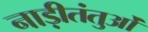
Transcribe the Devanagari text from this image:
नाड़ीतंतुओं